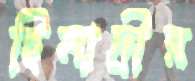
হিমাদ্রীর